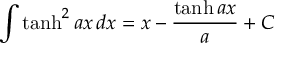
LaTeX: \int \operatorname { t a n h } ^ { 2 } a x \, d x = x - { \frac { \operatorname { t a n h } a x } { a } } + C